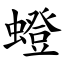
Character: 䗳